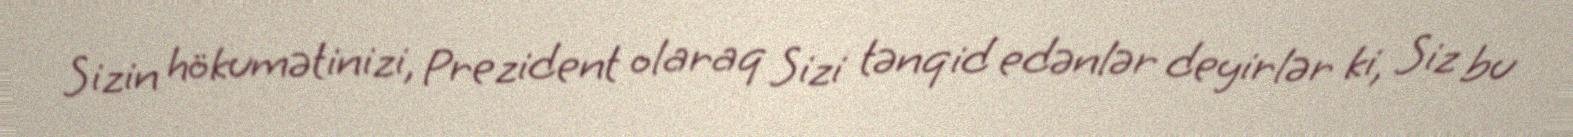
Sizin hökumətinizi, Prezident olaraq Sizi tənqid edənlər deyirlər ki, Siz bu